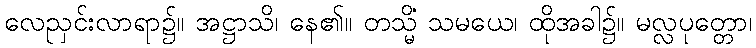
လေညှင်းလာရာ၌။ အဋ္ဌာသိ၊ နေ၏။ တသ္မိံ သမယေ၊ ထိုအခါ၌။ မလ္လပုတ္တော၊